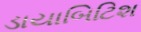
ડાયાબિટિશ